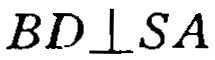
\(BD\perp SA\)